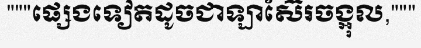
"""ផ្សេងទៀតដូចជាឡាស៊ែរចង្អុល,"""